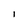
Character: I